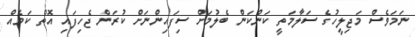
ނަމަވެސް މަޖިލީހުގެ ސަލާމަތީ ކަންކަން ބެލުމަށް ސިފައިންނަށް ކުރަން ޖެހިފައި އޮތް ކަމެއް